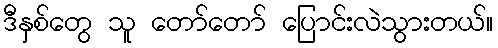
ဒီနှစ်တွေ သူ တော်တော် ပြောင်းလဲသွားတယ်။